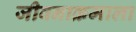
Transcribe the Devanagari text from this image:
जीवनाक्रमाला